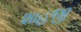
શાહજી